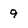
Character: 9